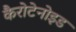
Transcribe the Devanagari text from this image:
कैरोटेनोइड